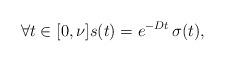
LaTeX: \begin{align*}\forall t\in [0,\nu]s(t)=e^{-Dt}\,\sigma(t),\end{align*}